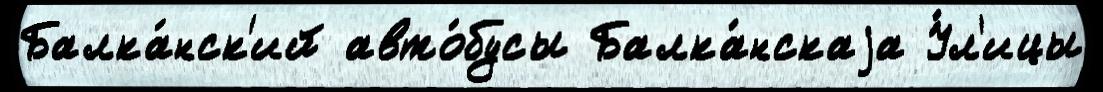
Балка́нск'ий авто́бусы Балка́нскаjа У́л'ицы